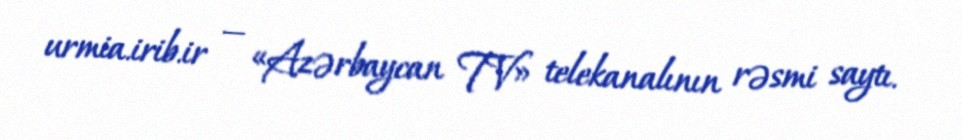
urmia.irib.ir — «Azərbaycan TV» telekanalının rəsmi saytı.